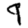
Digit: 9